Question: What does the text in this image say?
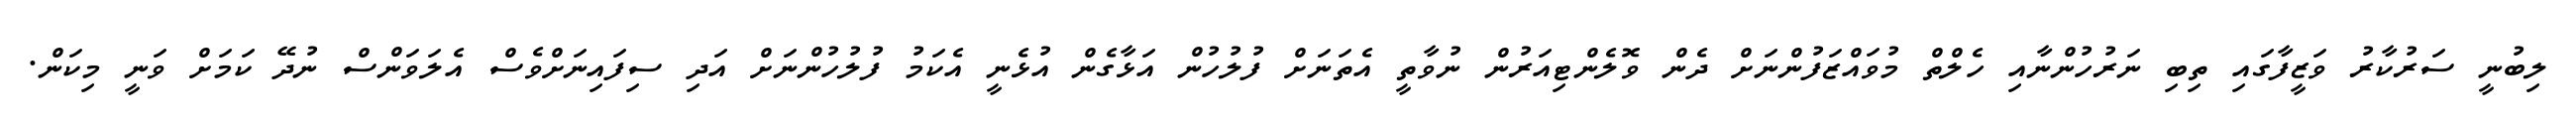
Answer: ލިބުނީ ސަރުކާރު ވަޒީފާގައި ތިބި ނަރުހުންނާއި ހެލްތް މުވައްޒަފުންނަށް ދެން ވޮލެންޓިއަރުން ނުވާތީ އެތަނަށް ފުލުހުން އަޅާގެން އުޅެނީ އެކަމު ފުލުހުންނަށް އަދި ސިފައިނަށްވެސް އެލަވަންސް ނުދޭ ކަމަށް ވަނީ މިކަން.